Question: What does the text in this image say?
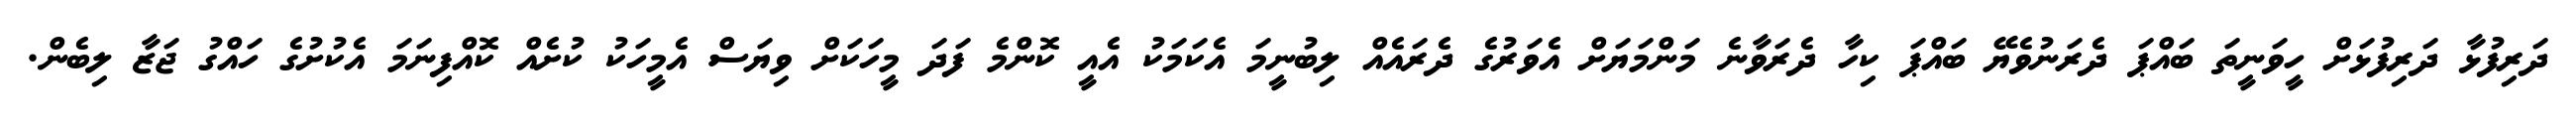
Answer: ދަރިފުޅާ ދަރިފުޅަށް ހީވަނީތަ ބައްޕަ ދެރަނުވެޔޭ ބައްޕަ ކިހާ ދެރަވާނެ މަންމަޔަށް އެވަރުގެ ދެރައެއް ލިބުނީމަ އެކަމަކު އެއީ ކޮންމެ ފަދަ މީހަކަށް ވިޔަސް އެމީހަކު ކުށެއް ކޮއްފިނަމަ އެކުށުގެ ހައްގު ޖަޒާ ލިބެން.